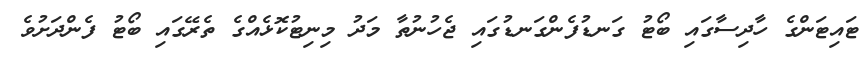
ޓައިޓަންގެ ހާދިސާގައި ބޯޓު ގަނޑުފެންގަނޑުގައި ޖެހުނުތާ މަދު މިނިޓުކޮޅެއްގެ ތެރޭގައި ބޯޓު ފެންދަށުވެ